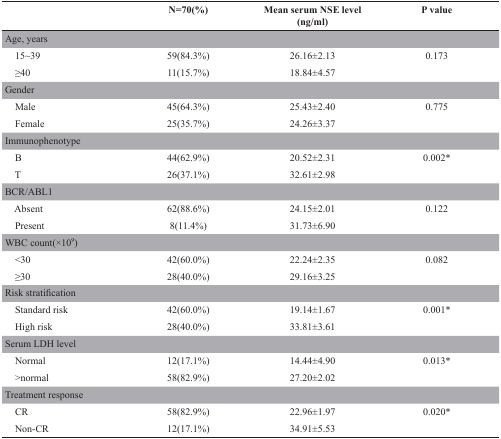
<table><thead><tr><td></td><td><b>N=70(%)</b></td><td><b>Mean serum NSE level (ng/ml)</b></td><td><b>P value</b></td></tr></thead><tbody><tr><td colspan="4">Age, years</td></tr><tr><td> 15~39</td><td>59(84.3%)</td><td>26.16±2.13</td><td>0.173</td></tr><tr><td> ≥40</td><td>11(15.7%)</td><td>18.84±4.57</td><td></td></tr><tr><td colspan="4">Gender</td></tr><tr><td> Male</td><td>45(64.3%)</td><td>25.43±2.40</td><td>0.775</td></tr><tr><td> Female</td><td>25(35.7%)</td><td>24.26±3.37</td><td></td></tr><tr><td colspan="4">Immunophenotype</td></tr><tr><td> B</td><td>44(62.9%)</td><td>20.52±2.31</td><td>0.002*</td></tr><tr><td> T</td><td>26(37.1%)</td><td>32.61±2.98</td><td></td></tr><tr><td colspan="4">BCR/ABL1</td></tr><tr><td> Absent</td><td>62(88.6%)</td><td>24.15±2.01</td><td>0.122</td></tr><tr><td> Present</td><td>8(11.4%)</td><td>31.73±6.90</td><td></td></tr><tr><td colspan="4">WBC count(×10<sup>9</sup>)</td></tr><tr><td> &lt;30</td><td>42(60.0%)</td><td>22.24±2.35</td><td>0.082</td></tr><tr><td> ≥30</td><td>28(40.0%)</td><td>29.16±3.25</td><td></td></tr><tr><td colspan="4">Risk stratification</td></tr><tr><td> Standard risk</td><td>42(60.0%)</td><td>19.14±1.67</td><td>0.001*</td></tr><tr><td> High risk</td><td>28(40.0%)</td><td>33.81±3.61</td><td></td></tr><tr><td colspan="4">Serum LDH level</td></tr><tr><td> Normal</td><td>12(17.1%)</td><td>14.44±4.90</td><td>0.013*</td></tr><tr><td> &gt;normal</td><td>58(82.9%)</td><td>27.20±2.02</td><td></td></tr><tr><td colspan="4">Treatment response</td></tr><tr><td> CR</td><td>58(82.9%)</td><td>22.96±1.97</td><td>0.020*</td></tr><tr><td> Non-CR</td><td>12(17.1%)</td><td>34.91±5.53</td><td></td></tr></tbody></table>